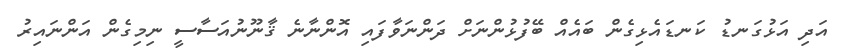
އަދި އަޅުގަނޑު ކަނޑައެޅިގެން ބައެއް ބޭފުޅުންނަށް ދަންނަވާފައި އޮންނާނެ ޤާނޫނުއަސާސީ ނިމިގެން އަންނައިރު